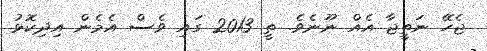
ޖެހޭ ނަތީޖާ އެއް ނޫނެވެ. ތީ 2013 ގައި ވެސް އެމެން އިދިކޮޅު